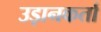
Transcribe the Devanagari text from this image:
उड़ानकर्ता